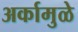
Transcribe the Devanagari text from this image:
अर्कामुळे